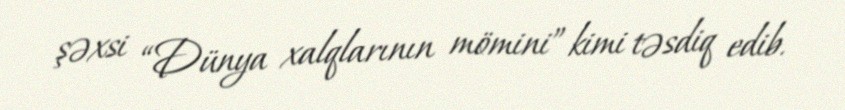
şəxsi “Dünya xalqlarının mömini” kimi təsdiq edib.